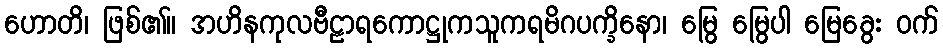
ဟောတိ၊ ဖြစ်၏။ အဟိနကုလဗီဠာရကောဋ္ဌုကသူကရမိဂပက္ခိနော၊ မြွေ မြွေပါ မြေခွေး ဝက်